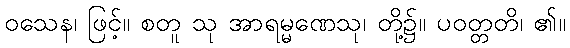
ဝသေန၊ ဖြင့်။ စတူ သု အာရမ္မဏေသု၊ တို့၌။ ပဝတ္တတိ၊ ၏။